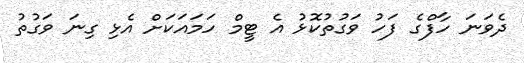
ދެވަނަ ހާފްގެ ފަހު ވަގުތުކޮޅު އެ ޓީމް ހަމައަކަށް އެޅި ގިނަ ވަގުތު